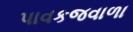
પાવકજવાળા